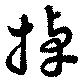
掉